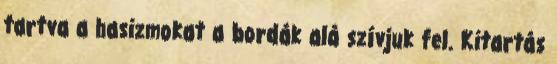
tartva a hasizmokat a bordák alá szívjuk fel. Kitartás